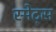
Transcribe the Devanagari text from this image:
स्मेट्स